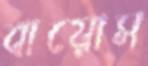
বায়োস